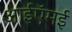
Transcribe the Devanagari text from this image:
आईऍमई